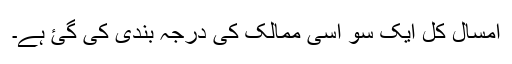
امسال کل ایک سو اسی ممالک کی درجہ بندی کی گئ ہے۔